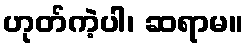
ဟုတ်ကဲ့ပါ၊ ဆရာမ။